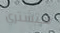
ستشتري